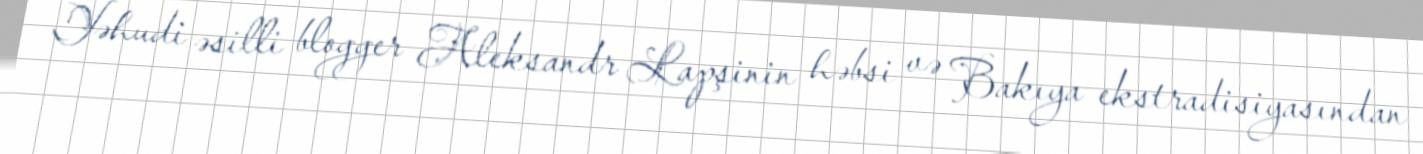
Yəhudi əsilli blogger Aleksandr Lapşinin həbsi və Bakıya ekstradisiyasından